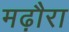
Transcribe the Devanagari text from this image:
मढ़ौरा